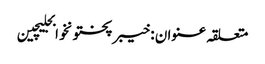
متعلقہ عنوان : خیبرپختونخوابجلیچین